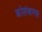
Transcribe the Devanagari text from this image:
कोलंबानस